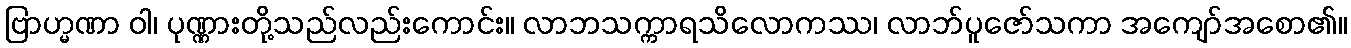
ဗြာဟ္မဏာ ဝါ၊ ပုဏ္ဏားတို့သည်လည်းကောင်း။ လာဘသက္ကာရသိလောကဿ၊ လာဘ်ပူဇော်သကာ အကျော်အစော၏။